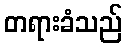
တရားခံသည်